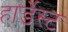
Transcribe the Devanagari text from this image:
हार्डेस्ट